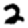
Digit: 2